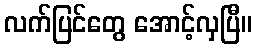
လက်ပြင်တွေ အောင့်လှပြီ။